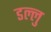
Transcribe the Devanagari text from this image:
डल्लु